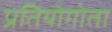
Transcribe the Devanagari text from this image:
प्रतियोगोता